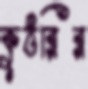
কুঠরির